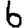
Digit: 6